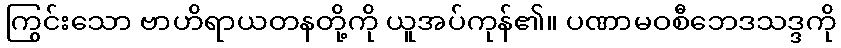
ကြွင်းသော ဗာဟိရာယတနတို့ကို ယူအပ်ကုန်၏။ ပဏာမဝစီဘေဒသဒ္ဒကို